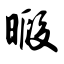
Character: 暇